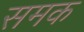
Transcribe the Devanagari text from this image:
समक